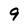
Character: 9